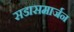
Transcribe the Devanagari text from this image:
सडासमार्जन